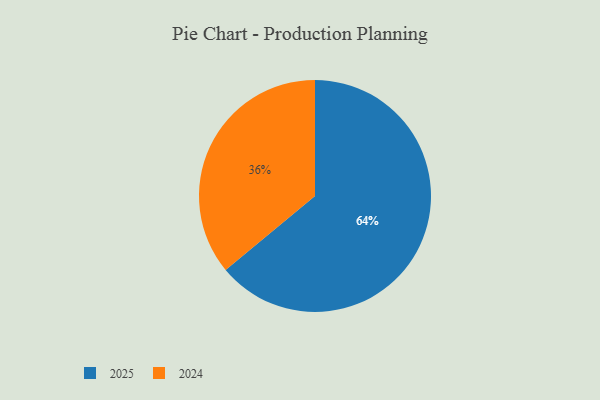
{"axis": {"x": "Category", "y": "Percentage"}, "legend": ["2024", "2025"], "data": [{"x": "2025", "y": 64, "type": "2025"}, {"x": "2024", "y": 36, "type": "2024"}]}